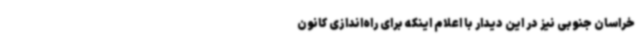
خراسان جنوبی نیز در این دیدار با اعلام اینکه برای راه‌اندازی کانون